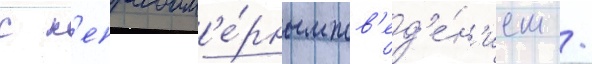
с н'еправом'е́рным пов'ед'е́н'ием /